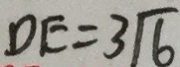
D E = 3 \sqrt { 6 }